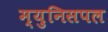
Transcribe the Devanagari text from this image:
म्युनिसपल